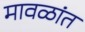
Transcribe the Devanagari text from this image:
मावळांत